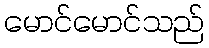
မောင်မောင်သည်